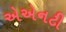
એએનટી